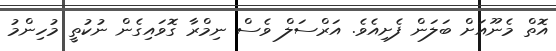
އޮތް މެނޫއަށް ބަލަން ފެށިއެވެ. އަރްސަލް ވެސް ނިމްރާ ގޮވައިގެން ނުކުތީ މުހިންމު